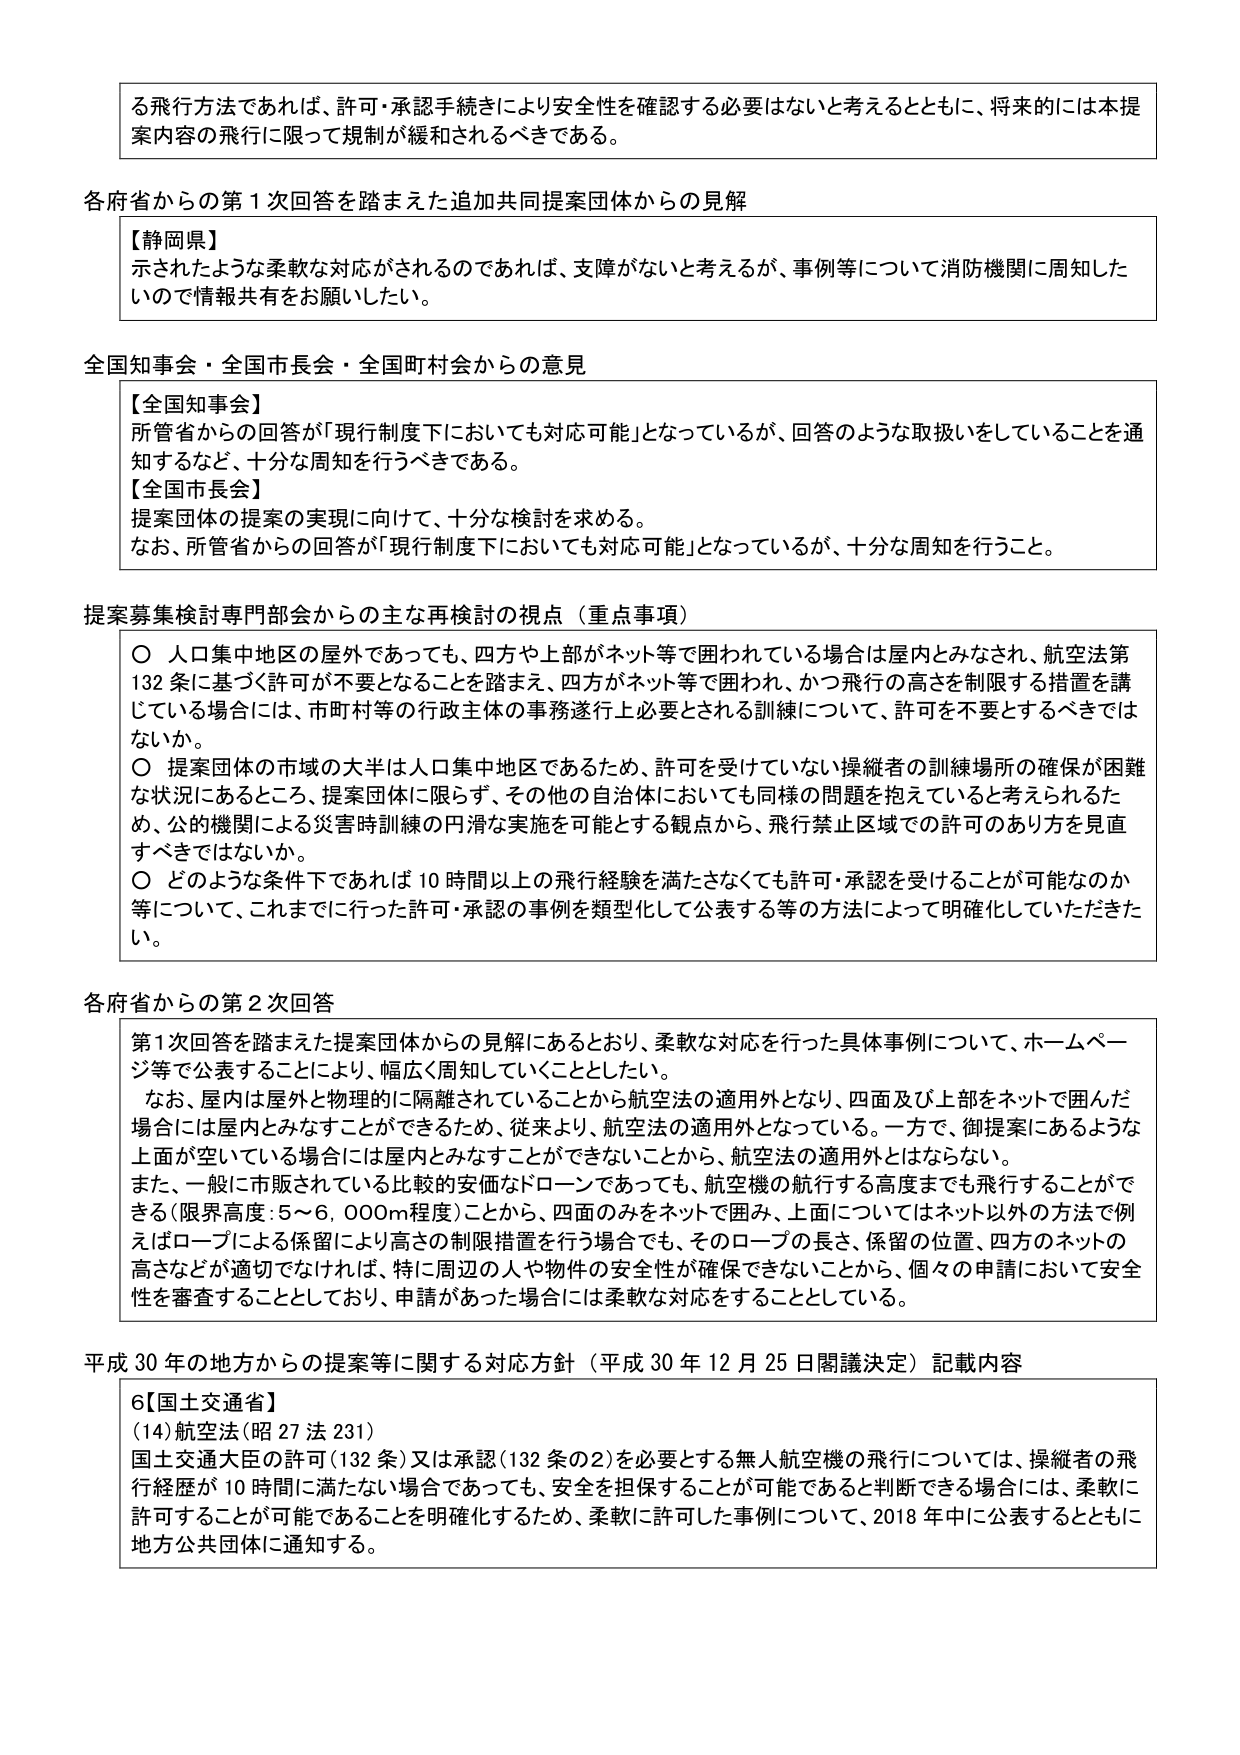
る飛行方法であれば、許可・承認手続きにより安全性を確認する必要はないと考えるとともに、将来的には本提案内容の飛行に限って規制が緩和されるべきである。

各府省からの第1次回答を踏まえた追加共同提案団体からの見解
【静岡県】
示されたような柔軟な対応がされるのであれば、支障がないと考えるが、事例等について消防機関に周知したいので情報共有をお願いしたい。

全国知事会・全国市長会・全国町村会からの意見
【全国知事会】
所管省からの回答が「現行制度下においても対応可能」となっているが、回答のような取扱いをしていることを通知するなど、十分な周知を行うべきである。
【全国市長会】
提案団体の提案の実現に向けて、十分な検討を求める。
なお、所管省からの回答が「現行制度下においても対応可能」となっているが、十分な周知を行うこと。

提案募集検討専門部会からの主な再検討の視点（重点事項）
○ 人口集中地区の屋外であっても、四方や上部がネット等で囲われている場合は屋内とみなされ、航空法第132条に基づく許可が不要となることを踏まえ、四方がネット等で囲われ、かつ飛行の高さを制限する措置を講じている場合には、市町村等の行政主体の事務遂行上必要とされる訓練について、許可を不要とするべきではないか。
○ 提案団体の市域の大半は人口集中地区であるため、許可を受けていない操縦者の訓練場所の確保が困難な状況にあるところ、提案団体に限らず、その他の自治体においても同様の問題を抱えていると考えられるため、公的機関による災害時訓練の円滑な実施を可能とする観点から、飛行禁止区域での許可のあり方を見直すべきではないか。
○ どのような条件下であれば10時間以上の飛行経験を満たさなくても許可・承認を受けることが可能なのか等について、これまでに行った許可・承認の事例を類型化して公表する等の方法によって明確化していただきたい。

各府省からの第2次回答
第1次回答を踏まえた提案団体からの見解にあるとおり、柔軟な対応を行った具体事例について、ホームページ等で公表することにより、幅広く周知していくこととしたい。
なお、屋内は屋外と物理的に隔離されていることから航空法の適用外となり、四面及び上部をネットで囲んだ場合には屋内とみなすことができるため、従来より、航空法の適用外となっている。一方で、御提案にあるような上面が空いている場合には屋内とみなすことができないことから、航空法の適用外とはならない。
また、一般に市販されている比較的安価なドローンであっても、航空機の航行する高度までも飛行することができる（限界高度：5～6,000m程度）ことから、四面のみをネットで囲み、上面についてはネット以外の方法で例えばロープによる係留により高さの制限措置を行う場合でも、そのロープの長さ、係留の位置、四方のネットの高さなどが適切でなければ、特に周辺の人や物件の安全性が確保できないことから、個々の申請において安全性を審査することとしており、申請があった場合には柔軟な対応をすることとしている。

平成30年の地方からの提案等に関する対応方針（平成30年12月25日閣議決定）記載内容
6【国土交通省】
(14)航空法（昭27法231）
国土交通大臣の許可（132条）又は承認（132条の2）を必要とする無人航空機の飛行については、操縦者の飛行経歴が10時間に満たない場合であっても、安全を担保することが可能であると判断できる場合には、柔軟に許可することが可能であることを明確化するため、柔軟に許可した事例について、2018年中に公表するとともに地方公共団体に通知する。